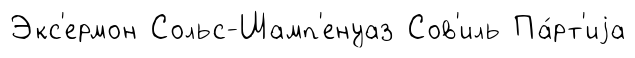
Экс'ермон Сольс-Шамп'енуаз Сов'иль Па́рт'иjа